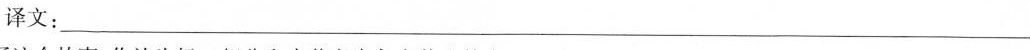
译文：___